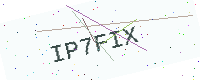
Text: IP7FIX